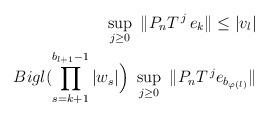
LaTeX: \begin{align*} \sup_{j\ge 0}\ \|P_{n}T^{\,j} \,e_{k}\|\le |v_{l}| \\Bigl(\prod_{s=k+1}^{b_{l+1}-1}|w_{s}|\Bigr)\ \sup_{j\ge 0}\ \|P_{n}T^{\,j} e_{b_{\varphi(l)}}\|\end{align*}